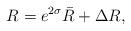
LaTeX: \begin{align*}R = e^{2 \sigma} \bar{R} + \Delta R,\end{align*}